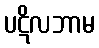
ပဋိလဘာမ